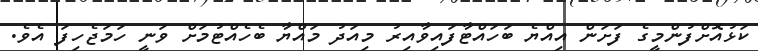
ކަޅުއޮށްފުންމީގެ ފަށަން އިއްޔެ ބަހައްޓާފައިވާއިރު މިއަދު މައްޔާ ބެހެއްޓުމަށް ވަނީ ހަމަޖެހިފަ އެވެ.